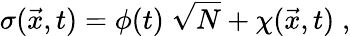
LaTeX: \sigma(\vec{x},t)=\phi(t)\; \sqrt{N}+\chi(\vec{x},t)\; ,